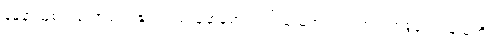
နမူနာယူစရာကောင်းလှ၏၊ ပြည်သူ့ဆန်စား၍ ပြည်သူ့အတွက် အသက်စွန့်၍ ရန်သူကို